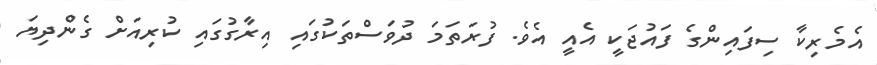
އެމެރިކާ ސިފައިންގެ ފައުޖަކީ އެއީ އެވެ. ފުރަތަމަ ދުވަސްތަކުގައި އިރާގުގައި ކުރިއަށް ގެންދިޔަ